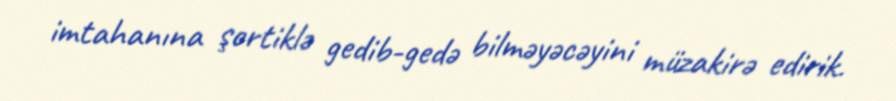
imtahanına şortiklə gedib-gedə bilməyəcəyini müzakirə edirik.